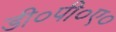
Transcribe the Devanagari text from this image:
डी०पी०ए०